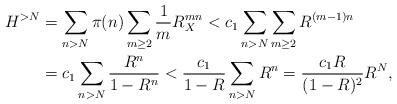
LaTeX: \begin{align*}H^{>N} &= \sum_{n>N} \pi(n) \sum_{m \geq 2} \dfrac{1}{m} R_{X}^{mn}< c_{1} \sum_{n> N} \sum_{m \geq 2} R^{(m-1)n} \\&= c_{1} \sum_{n> N} \frac{R^{n}}{1- R^{n}} < \frac{c_{1}}{1- R} \sum_{n> N} R^{n}= \frac{c_{1} R}{(1-R)^{2}} R^{N}, \end{align*}